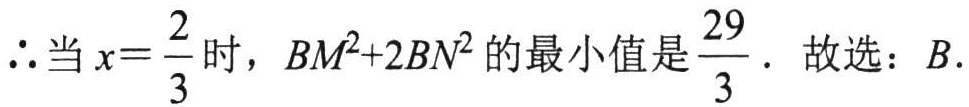
\(\therefore\)当\(x = \frac{2}{3}\)时，\(BM^{2}+2BN^{2}\)的最小值是\(\frac{29}{3}\). 故选：\(B\).